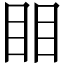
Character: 䀠